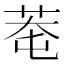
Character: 䓐